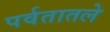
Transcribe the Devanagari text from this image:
पर्वतातले